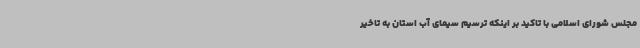
مجلس شورای اسلامی با تاکید بر اینکه ترسیم سیمای آب استان به تاخیر